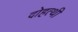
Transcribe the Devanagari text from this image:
दोहत्थी